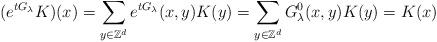
LaTeX: \begin{align*}(e^{tG_\lambda}K)(x)=\sum_{y\in\mathbb{Z}^d}e^{tG_\lambda}(x,y)K(y)=\sum_{y\in\mathbb{Z}^d}G^0_\lambda(x,y)K(y)=K(x)\end{align*}